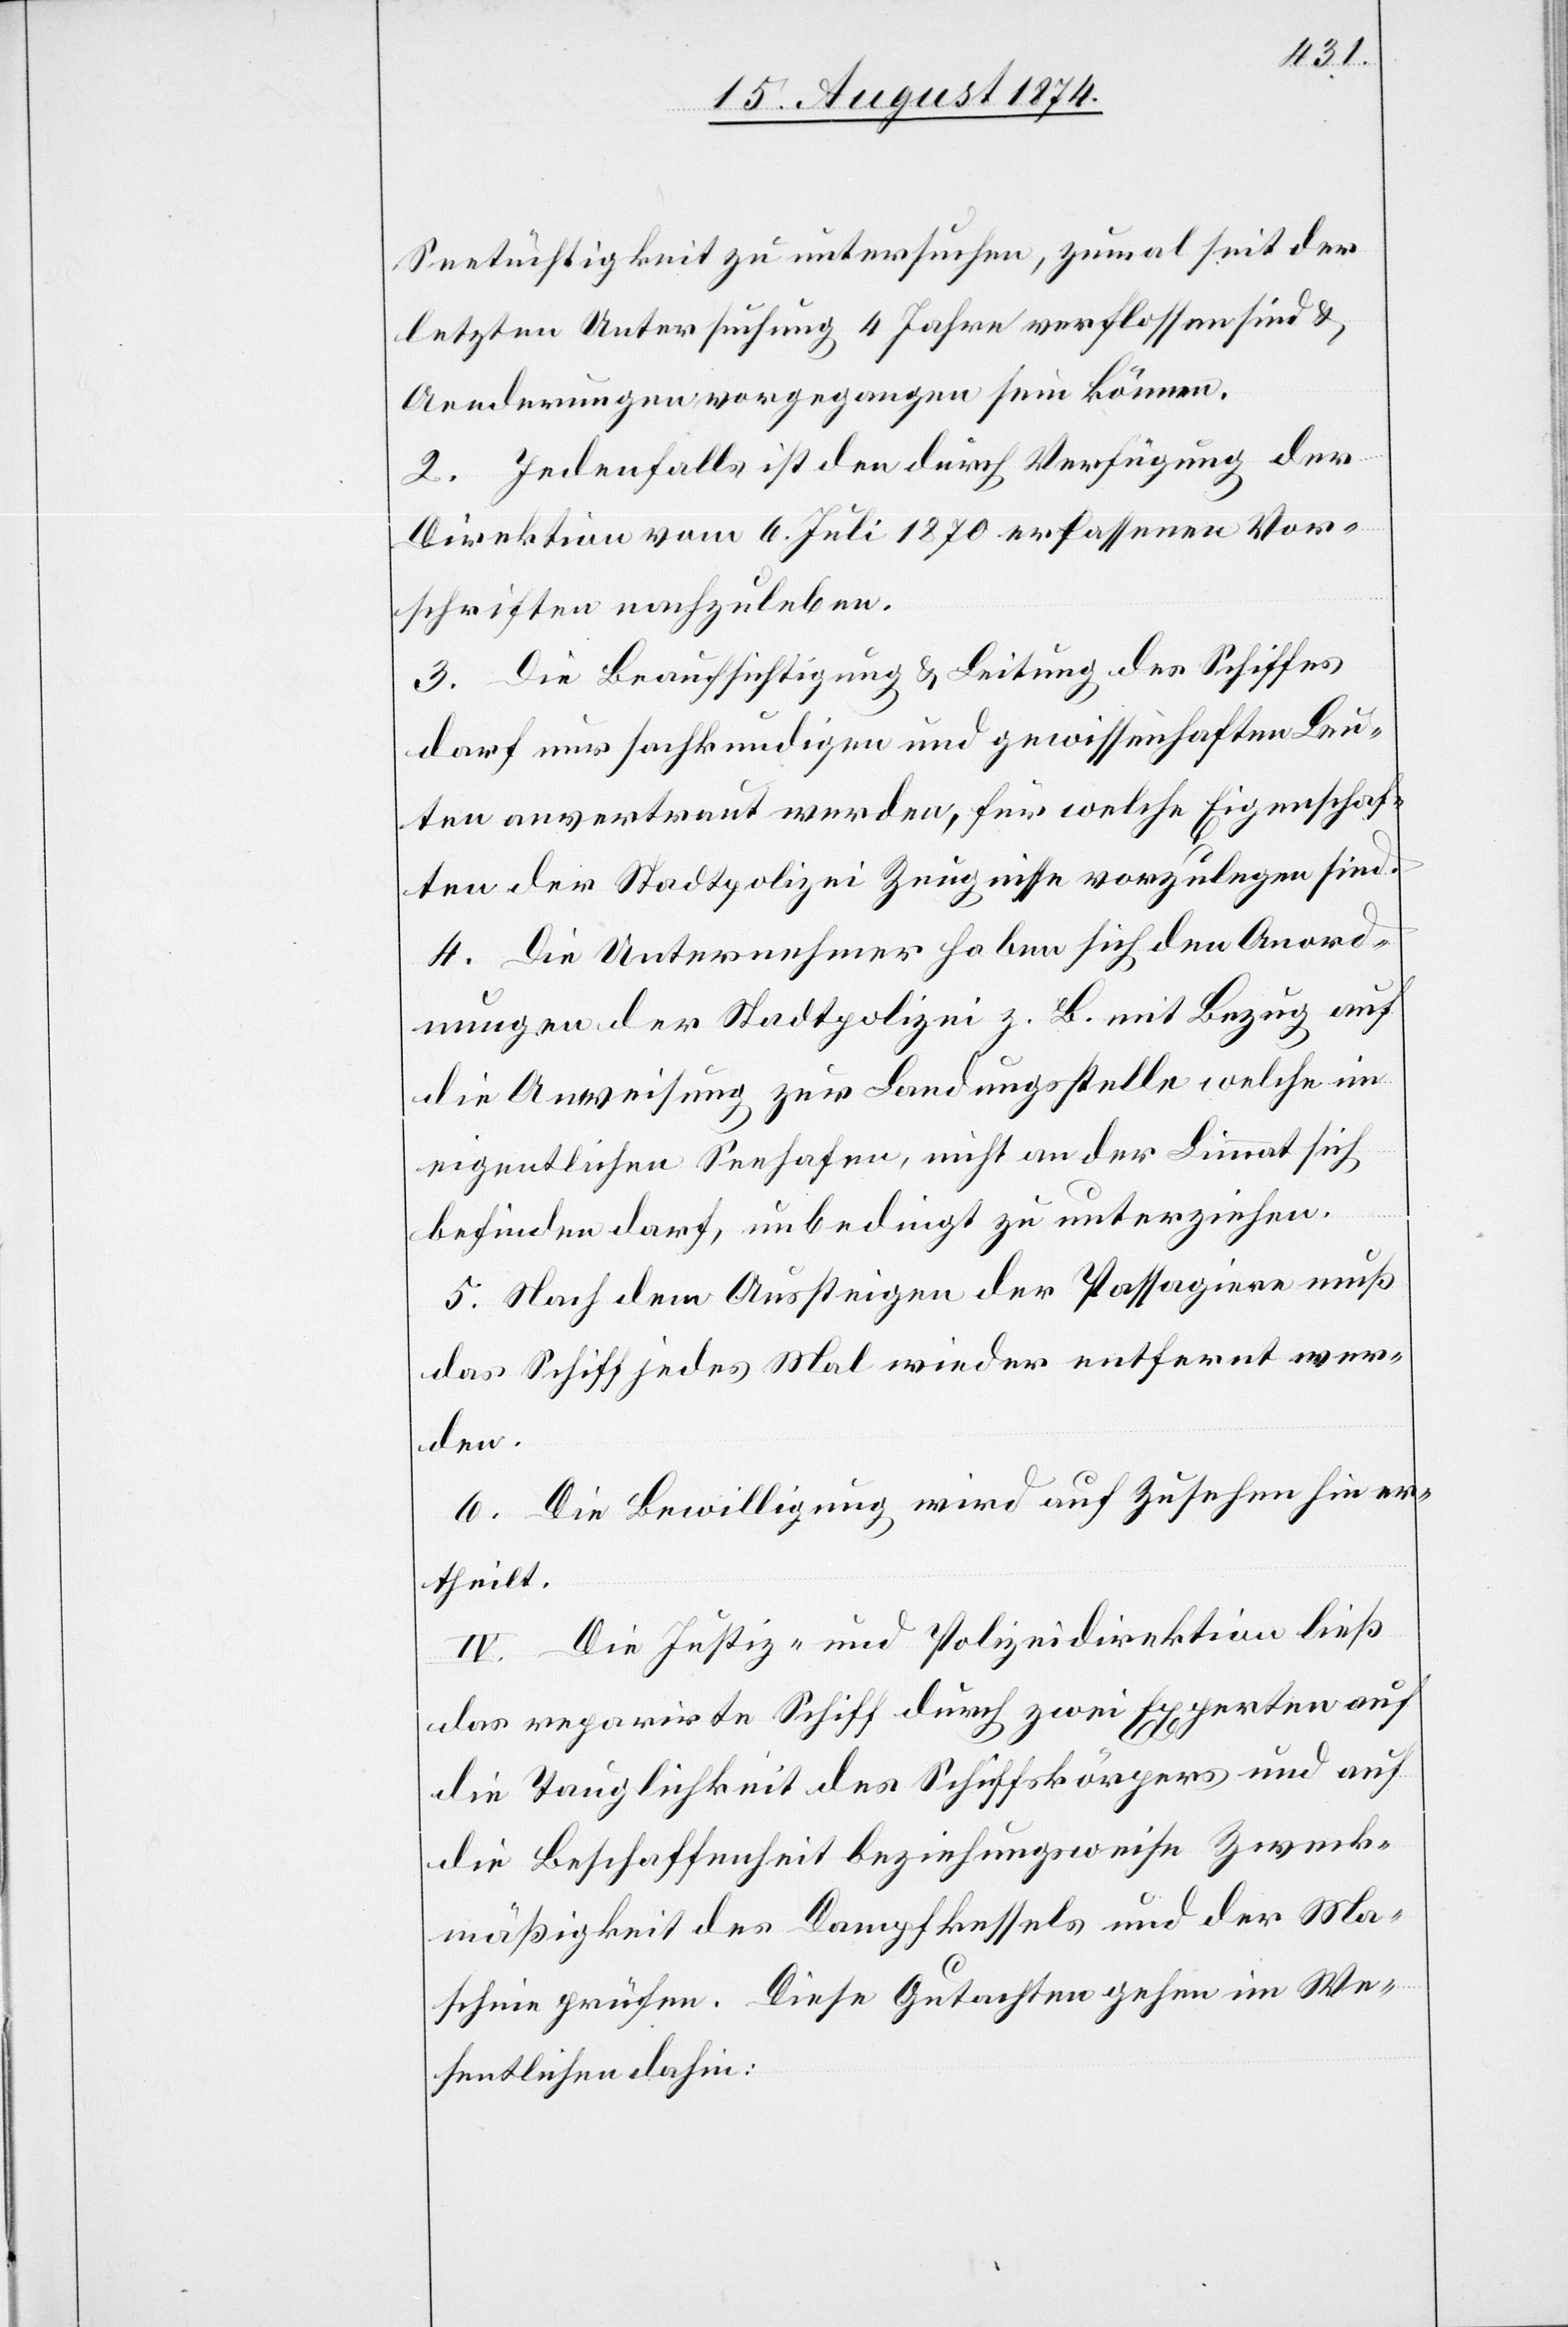
Seetüchtigkeit zu untersuchen, zumal seit der
letzten Untersuchung 4 Jahre verflossen sind u.
Aenderungen vorgegangen sein können.
2. Jedenfalls ist den durch Verfügung der
Direktion vom 6. Juli 1870 erlassenen Vor¬
schriften nachzuleben.
3. Die Beaufsichtigung u. Leitung des Schiffes
darf nur sachkundigen und gewissenhaften Leu¬
ten anvertraut werden, für welche Eigenschaf¬
ten der Stadtpolizei Zeugnisse vorzulegen sind.
4. Die Unternehmer haben sich den Anord¬
nungen der Stadtpolizei z. B. mit Bezug auf
die Anweisung zur Landungsstelle welche im
eigentlichen Seehafen, nicht an der Limmat sich
befinden darf, unbedingt zu unterziehen.
5. Nach dem Aussteigen der Passagiere muß
das Schiff jedes Mal wieder entfernt wer¬
den.
6. Die Bewilligung wird auf Zusehen hin er¬
theilt.
IV. Die Justiz- und Polizeidirektion ließ
das reparirte Schiff durch zwei Experten auf
die Tauglichkeit des Schiffskörpers und auf
die Beschaffenheit beziehungsweise Zweck¬
mäßigkeit des Dampfkessels und der Ma¬
schine prüfen. Diese Gutachten gehen im We¬
sentlichen dahin: